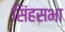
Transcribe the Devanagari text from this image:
सिंहसभा